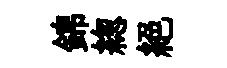
錦緫絕